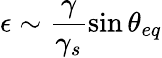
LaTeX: \epsilon\sim\frac{\gamma}{\gamma_{s}}\sin{\theta_{eq}}